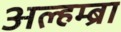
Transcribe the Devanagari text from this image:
अल्हम्ब्रा